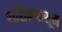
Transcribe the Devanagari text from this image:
राशिनपासून